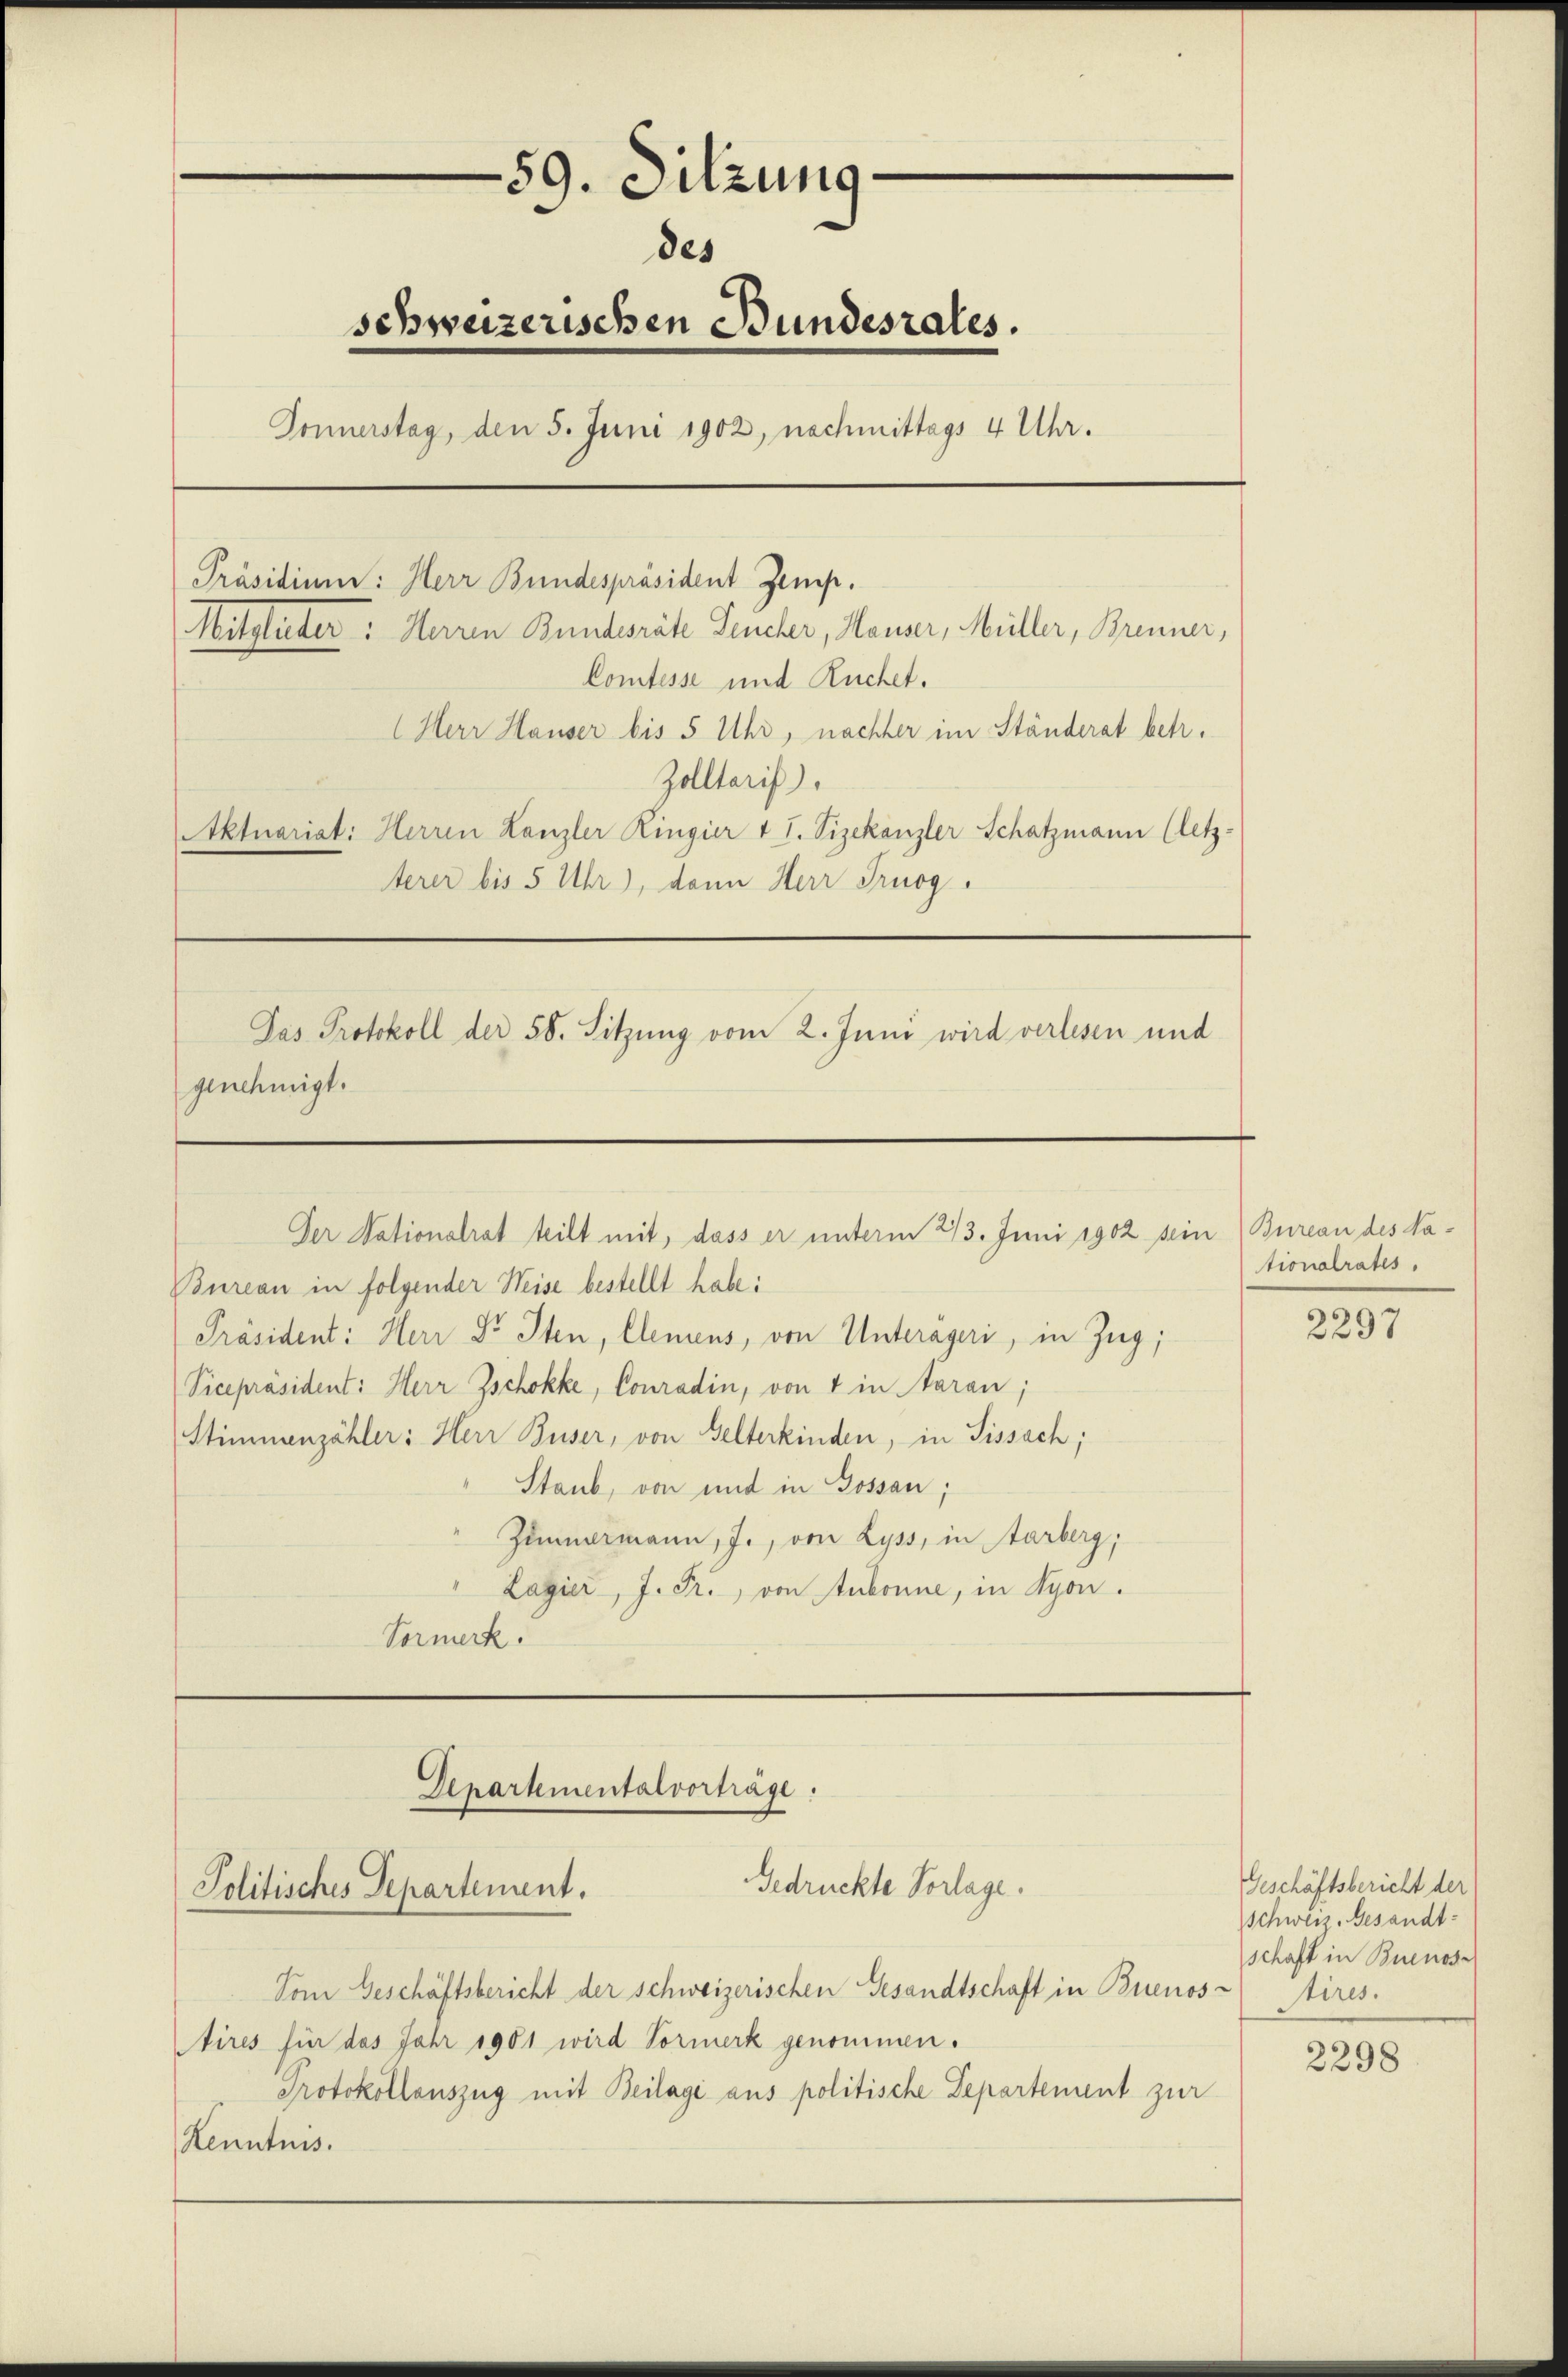
59. Sitzung
des
schweizerischen Bundesrates.
Donnerstag, den 5. Juni 1902, nachmittags 4 Uhr.
Mitglieder: Herren Bunderäte Seucher, Hauser, Müller, Brenner,
Comtesse und Ruchet.
(Herr Hauser bis 5 Uhr, nachher im Ständerat betr.
Zolltaris.
Aktuariat: Herren Kanzler Ringier & J. Vizekanzler Schatzmann (letz-
terer bis 5 Uhr), dann Herr Prugg.
Jas Protokoll der 58. Sitzung vom 2. Juni wird verlesen und
genehmigt.

Präsidium: Herr Bundespräsident Zemp.

Bureau in folgender Weise bestellt habe:
Vicepräsident: Herr Zschokke, Conradin, von 4 in daran,
Stimmenzähler: Herr Buser, von Gelterkinden, in Sissach;
Staub, von und in Gossau;
Zumarmann, J., von Lyss, in Aarberg;
Lagier J. Fr., von Aubonne, in Syon.
Vormerk.

Der Nationalrat teilt mit, dass er unterm 213. Juni 1902 sein (Bureau des Va¬
Präsident: Herr Dr. Iten, Elemens, von Unterägeri, in Zug;

Departementalvorträge:
Gedruckte Vorlage.
Politisches Departement.

Vom Geschäftsbericht der schweizerischen Gesandtschaft in Buenos-
Aires für das Jahr 1901 wird Vormerk genommen.
Protokollauszug mit Beilage aus politische Departement zur
Kenntnis.

tionalrates.

2297

Geschäftsbericht der
Schweiz. Gesandtschaft in Buenos-
tires.

2298